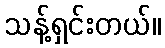
သန့်ရှင်းတယ်။